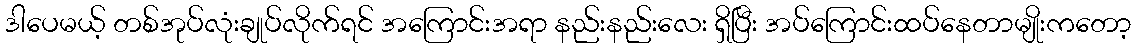
ဒါပေမယ့် တစ်အုပ်လုံးချုပ်လိုက်ရင် အကြောင်းအရာ နည်းနည်းလေး ရှိပြီး အပ်ကြောင်းထပ်နေတာမျိုးကတော့